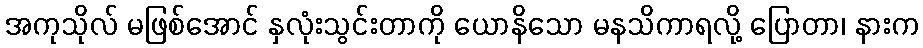
အကုသိုလ် မဖြစ်အောင် နှလုံးသွင်းတာကို ယောနိသော မနသိကာရလို့ ပြောတာ၊ နားက